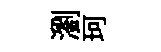
瀏珂